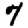
Digit: 7